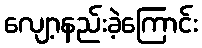
လျော့နည်းခဲ့ကြောင်း